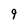
Character: 9